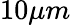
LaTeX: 10\mu m